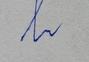
Signature authenticity: forged